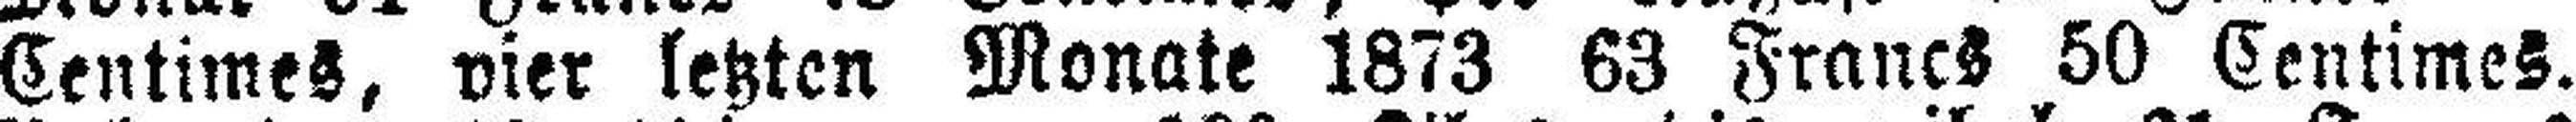
Centimes, vier letzten Monate 1873 63 Francs 50 Centimes.